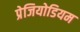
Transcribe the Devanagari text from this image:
प्रेजियोडियम